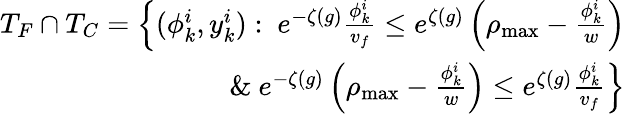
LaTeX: \begin{array}{r}{T_{F}\cap T_{C}=\left\{ (\phi_{k}^{i},y_{k}^{i}):\ e^{-\zeta(g)}\frac{\phi_{k}^{i}}{v_{f}}\leq e^{\zeta(g)}\left(\rho_{\operatorname*{max}}-\frac{\phi_{k}^{i}}{w}\right)\right.}\\ {\left.\& \ e^{-\zeta(g)}\left(\rho_{\operatorname*{max}}-\frac{\phi_{k}^{i}}{w}\right)\leq e^{\zeta(g)}\frac{\phi_{k}^{i}}{v_{f}}\right\} }\end{array}